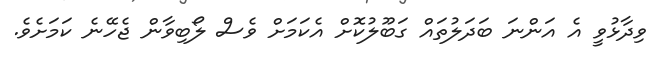
ވިދާޅުވީ އެ އަންނަ ބަދަލުތައް ގަބޫލުކޮށް އެކަމަށް ވެސް ލޯބިވާން ޖެހޭނެ ކަމަށެވެ.